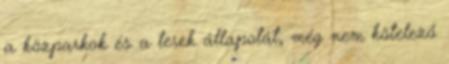
a közparkok és a terek állapotát, még nem kötelező